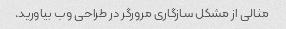
مثالی از مشکل سازگاری مرورگر در طراحی وب بیاورید.